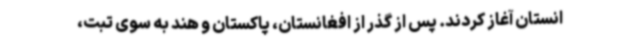
انستان آغاز کردند. پس از گذر از افغانستان، پاکستان و هند به سوی تبت،